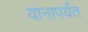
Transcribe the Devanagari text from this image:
यानापर्यंत